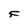
Character: F